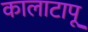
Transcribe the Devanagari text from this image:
कालाटापू